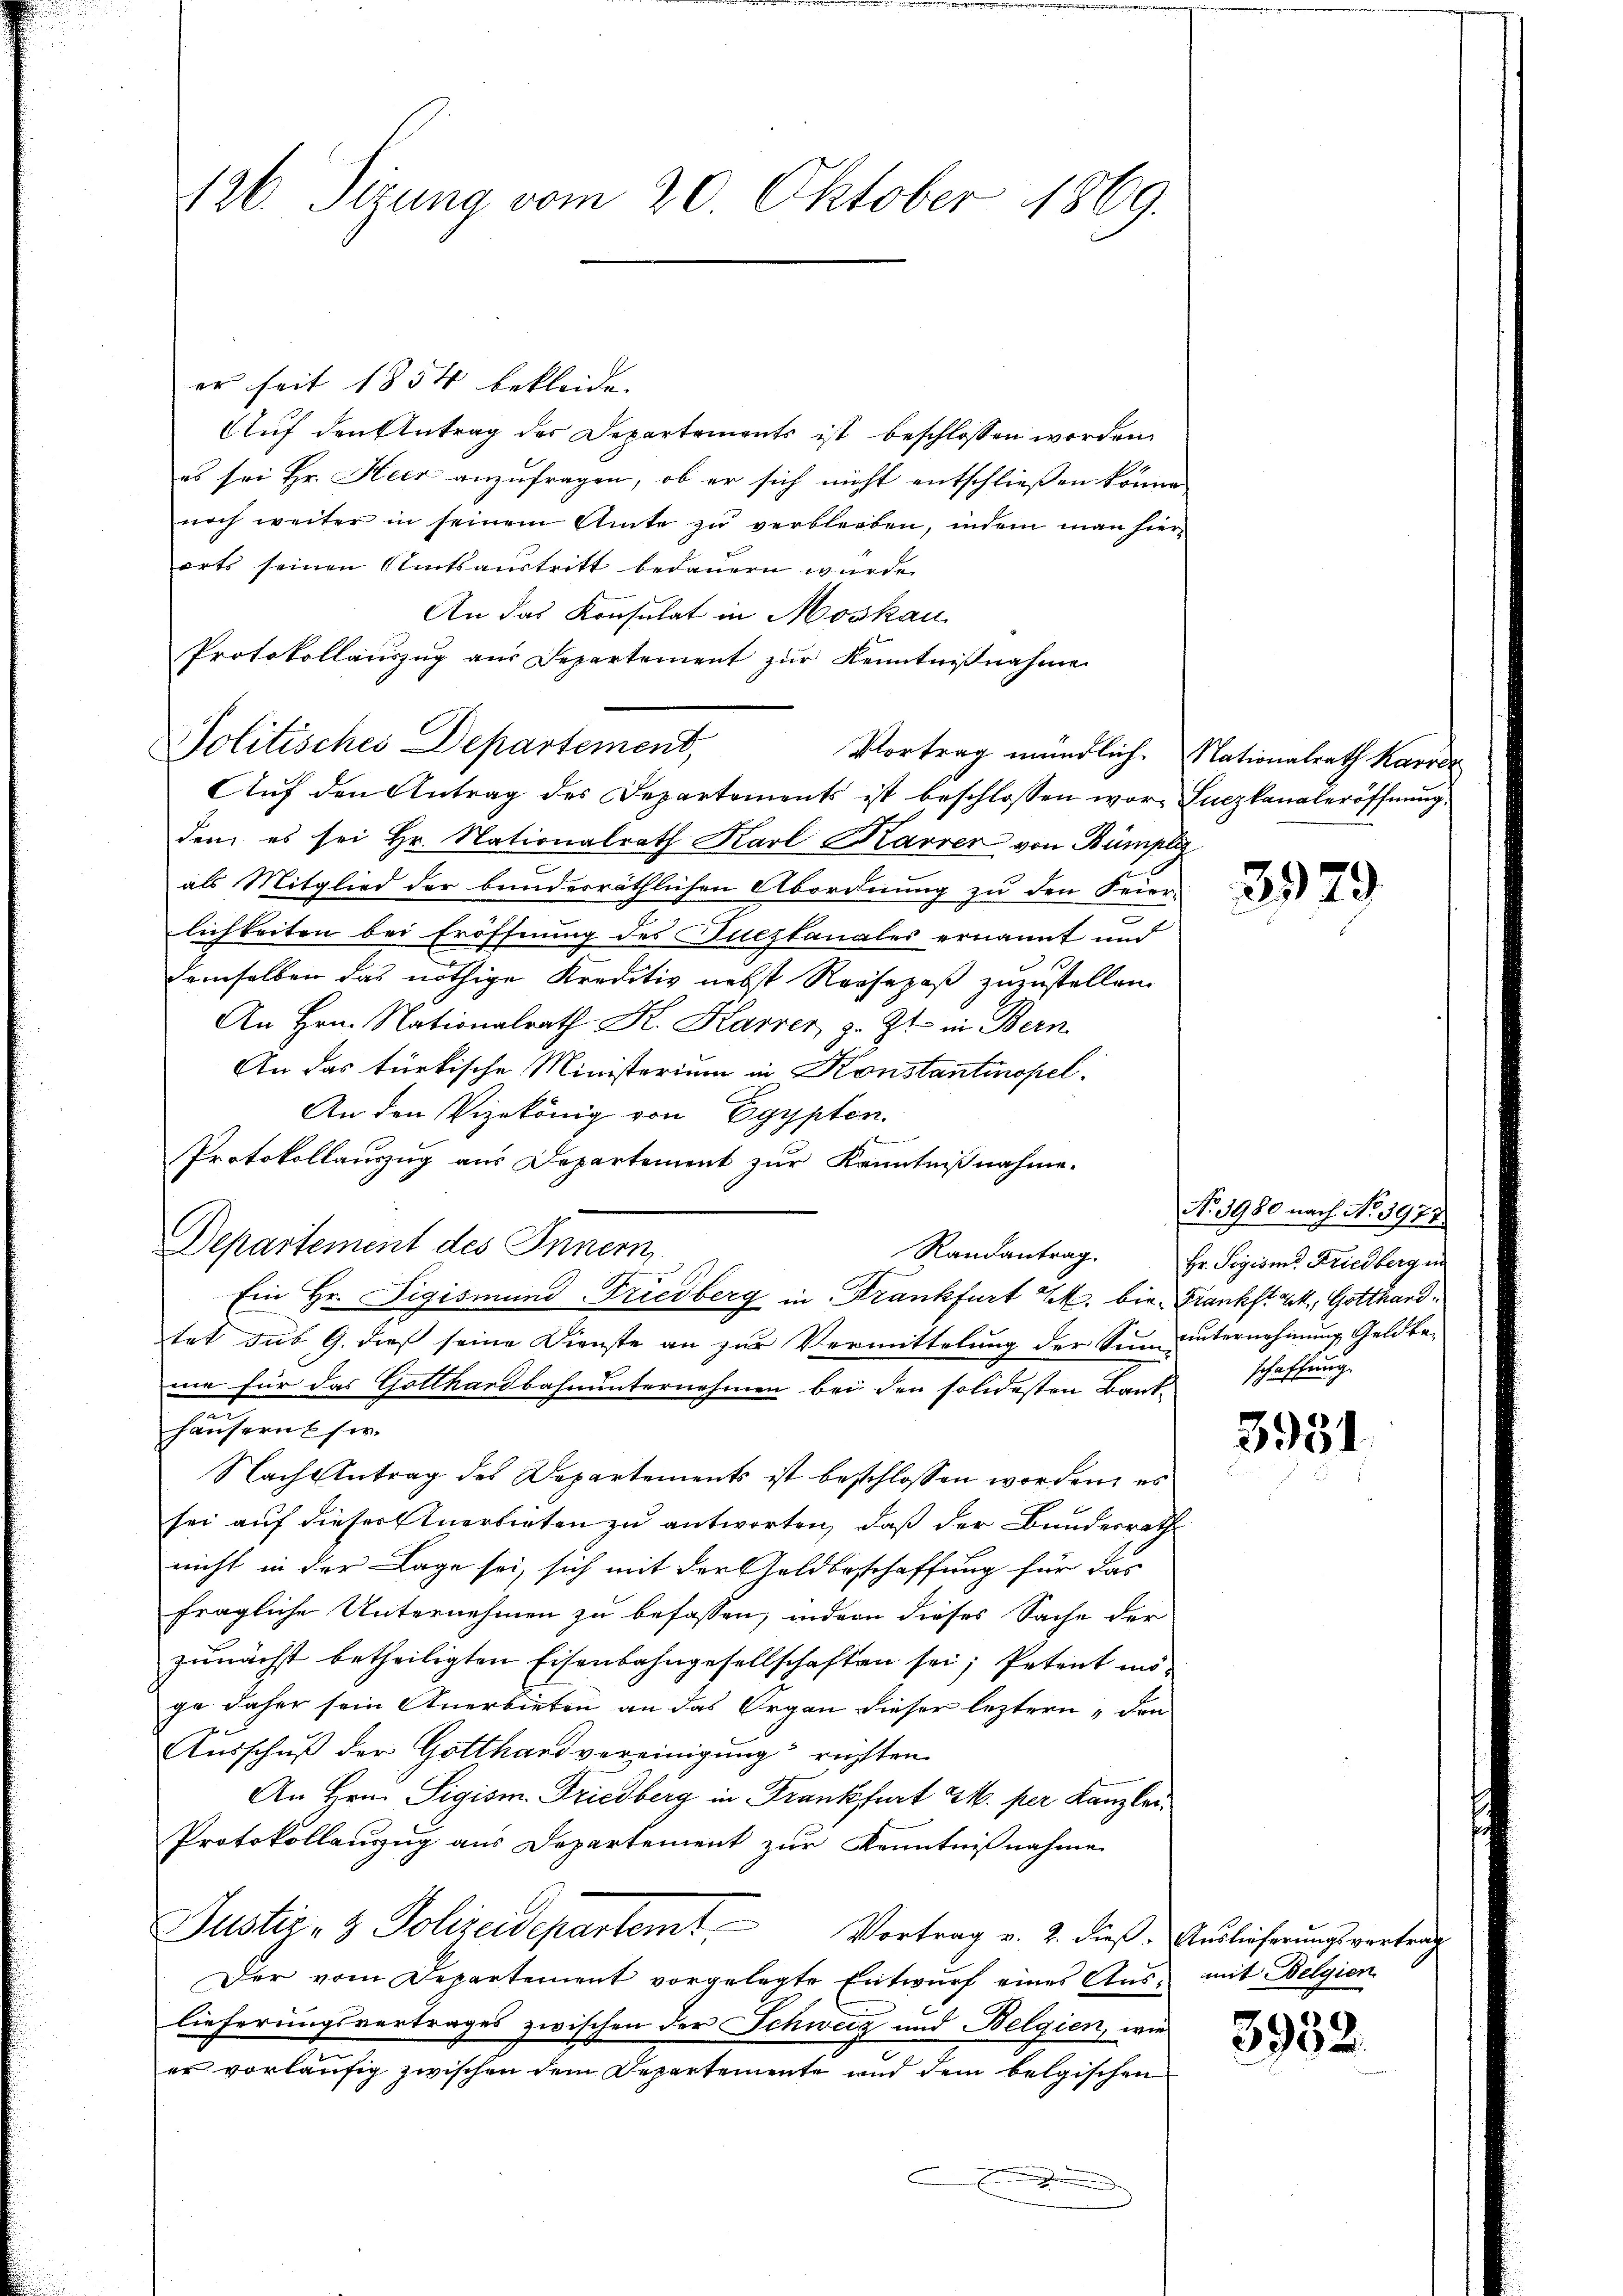
126. Sizung vom 20. Oktober 1869.

er seit 1854 bekleide.
Auf den Antrag des Departements ist beschlossen worden.
es sei Hr. Heer anzufragen, ob er sich nicht entschließen könne.
noch weiter in seinem Amte zu verbleiben, indem man hier
orts seinen Amtsaustritt bedauern wurde.
An das Konsulat in Moskau
Protokollauszug aus Separtement zur Kenntnißnahme
Vortrag mündlich. Nationalrath Karre
Aŭf den Antrag des Departements ist beschlossen wor Luczkanaleröffnŭng.
den es sei Hr. Nationalrath Karl Karrer von Bümpl
als Mitglied der bundesräthlichen Abordnung zu den Feier
lichkeiten bei Eröffnung des Fuczkanales ernannt und
demselben das nöthige Kreditiv nebst Reisepaß zuzustellen.
An Hrn. Nationalrath K. Karrer, z. Zt. in Bern
An das türkische Ministerium in Konstantinopel.
An den Vizekönig von Egypten.
Protokollauszug aus Departement zur Kenntnißnahme.
Departement des Innern
Randantrag.
Ein Hr. Sigismund Friedberg in Frankfurt E. bin. Frankst. Lik, Gotthard,
tet sub 9. dieß seine Dienste an zur Vermittelung der Sinn unternehmung Geldbeme für das Gotthardbahnunternehmen bei den solidesten Banthäusern ser
Nach Antrag des Departements ist beschlossen worden, es
sei auf dieser Anerbieten zu antworten, daß der Bundesrath
nicht in der Lage sei, sich mit der Geldbeschaffung für das
fragliche Unternehmen zu befassen, indern dieses Sache der
zunächst betheiligten Eisenbahngesellschaften sei; Petent insge daher sein Anerbieten an das Organ dieser leztern den
Ausschuß der Gotthard vereinigung richten
An Hrn. Sigism. Friedberg in Frankfrat 2. per Kanzlei¬
Protokollanzug aus Departement zur Kenntnißnahme
Justiz- & Polizeidepartem Vortrag v. 2. dieß. Auslieferungsvortrag
Der vom Departement vorgelegte Entwurf eines Aŭs- mit Belgien
lieferungsvertrages zwischen der Schweiz und Belgien, wie
er vorläufig zwischen dem Departemente und dem belgischen

Politisches Departement,

3979

No. 3980 nach No. 3977
Hr. Sigism. Friedberg in
schaffung.

3951

3932.